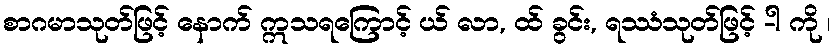
စာဂမာသုတ်ဖြင့် နောက် ဣသရကြောင့် ယ် လာ, ထ် ခွင်း, ရဿံသုတ်ဖြင့် -ါ ကို ၊